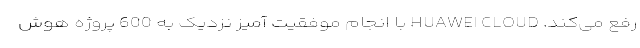
رفع می‌کند. HUAWEI CLOUD با انجام موفقیت آمیز نزدیک به 600 پروژه هوش